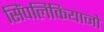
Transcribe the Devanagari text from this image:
सिंपलिकियानो